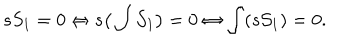
s S _ { 1 } = 0 \Leftrightarrow s \big ( \int { \cal S } _ { 1 } \big ) = 0 \Leftrightarrow \int ( s { \cal S } _ { 1 } ) = 0 .